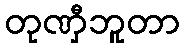
တုဏှီဘူတာ